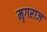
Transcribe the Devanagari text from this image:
मृगराज